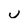
Character: U